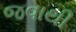
જવાથી